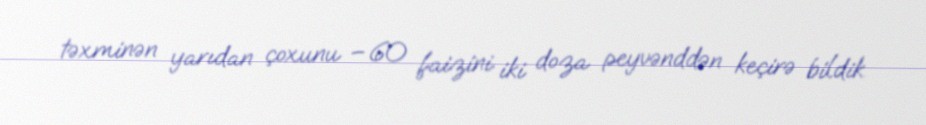
təxminən yarıdan çoxunu – 60 faizini iki doza peyvənddən keçirə bildik.